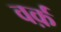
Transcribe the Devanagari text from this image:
वर्क़